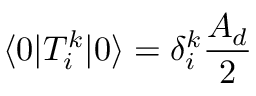
\langle 0 | T _ { i } ^ { k } | 0 \rangle = \delta _ { i } ^ { k } \frac { A _ { d } } { 2 }